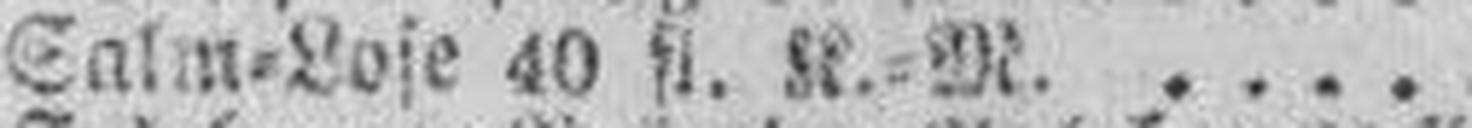
Salm=Lose 40 fl. K.=M.